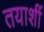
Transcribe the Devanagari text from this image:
तयाशीं